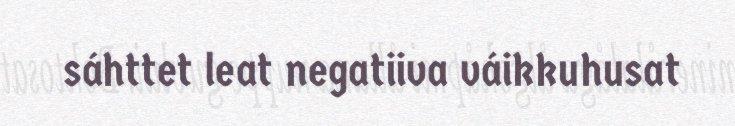
sáhttet leat negatiiva váikkuhusat